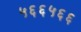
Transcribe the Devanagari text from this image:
५६६५६६